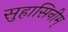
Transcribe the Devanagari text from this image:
सुहासिनीम्